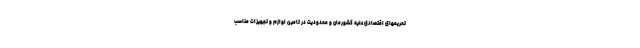
تحریمهای اقتصادی علیه کشورمان و محدودیت در تامین لوازم و تجهیزات مناسب